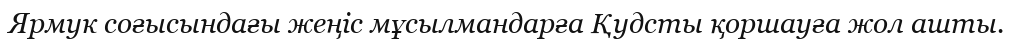
Ярмук соғысындағы жеңіс мұсылмандарға Қудсты қоршауға жол ашты.